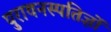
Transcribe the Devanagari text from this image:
पुरावनस्पतिज्ञों